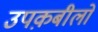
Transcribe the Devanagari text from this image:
उपक़बीलों